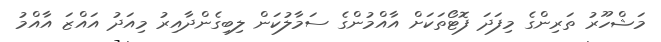
މަޝްހޫރު ތަރިންގެ މިފަދަ ފޮޓޯތަކަށް އާއްމުންގެ ސަމާލުކަން ލިބިގެންދާއިރު މިއަދު އައްޒަ އާއްމު